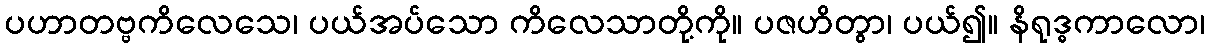
ပဟာတဗ္ဗကိလေသေ၊ ပယ်အပ်သော ကိလေသာတို့ကို။ ပဇဟိတွာ၊ ပယ်၍။ နိရုဒ္ဓကာလော၊